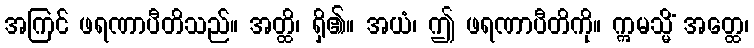
အကြင် ဖရဏာပီတိသည်။ အတ္ထိ၊ ရှိ၏။ အယံ၊ ဤ ဖရဏာပီတိကို။ ဣမသ္မိံ အတ္ထေ၊